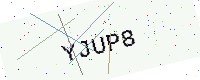
Text: YJUP8